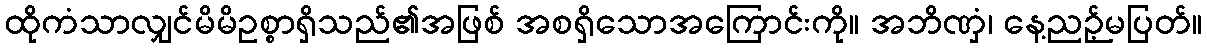
ထိုကံသာလျှင်မိမိဥစ္စာရှိသည်၏အဖြစ် အစရှိသောအကြောင်းကို။ အဘိဏှံ၊ နေ့ညဉ့်မပြတ်။